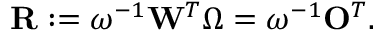
\mathbf { R } : = \boldsymbol { \omega } ^ { - 1 } \mathbf { W } ^ { T } \boldsymbol { \Omega } = \boldsymbol { \omega } ^ { - 1 } \mathbf { O } ^ { T } .